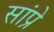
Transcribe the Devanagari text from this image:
सांप्रे